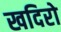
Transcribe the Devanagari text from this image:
खदिरो